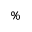
\%